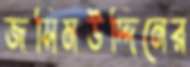
জসিমউদ্দিনের